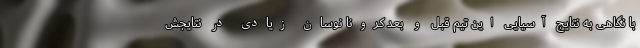
با نگاهی به نتایج آسیایی این تیم قبل و بعد کرونا نوسان زیادی در نتایجش